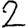
Digit: 2